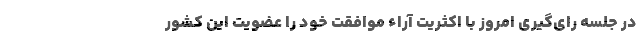
در جلسه رای‌گیری امروز با اکثریت آراء موافقت خود را عضویت این کشور